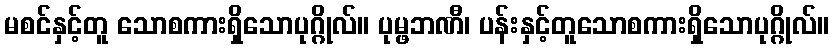
မစင်နှင့်တူ သောစကားရှိသောပုဂ္ဂိုလ်။ ပုမ္ဖဘဏီ၊ ပန်းနှင့်တူသောစကားရှိသောပုဂ္ဂိုလ်။